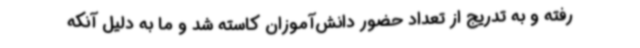
رفته و به تدریج از تعداد حضور دانش‌آموزان کاسته شد و ما به دلیل آنکه